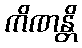
ကိဏန္တိ